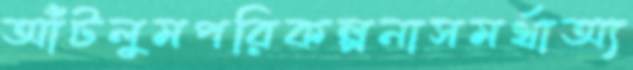
আঁটলুমপরিকল্পনাসমর্থাঅ্য